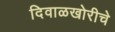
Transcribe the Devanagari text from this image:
दिवाळखोरीचे